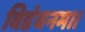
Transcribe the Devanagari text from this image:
विडंबनम।।